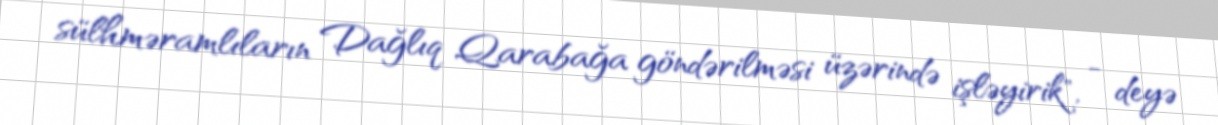
sülhməramlıların Dağlıq Qarabağa göndərilməsi üzərində işləyirik", - deyə